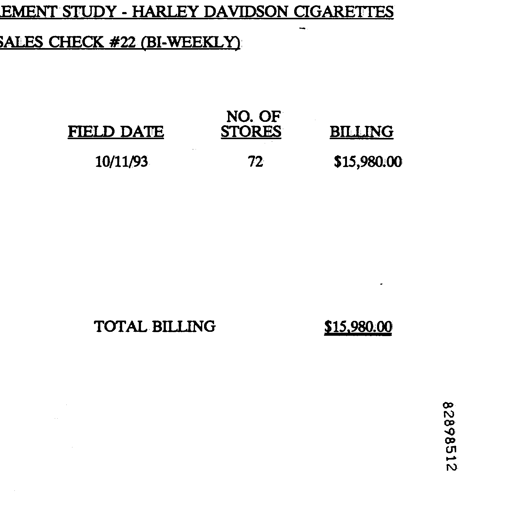
EMENT STUDY - HARLEY DAVIDSON CIGARETTES
SALES CHECK #22 (BI-WEEKLY)

FIELD DATE
NO. OF STORES
BILLING

10/11/93
72
$15,980.00

TOTAL BILLING
$15,980.00

82898512